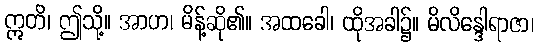
ဣတိ၊ ဤသို့။ အာဟ၊ မိန့်ဆို၏။ အထခေါ၊ ထိုအခါ၌။ မိလိန္ဒေါရာဇာ၊